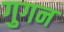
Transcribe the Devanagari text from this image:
गुगन